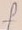
Text: f